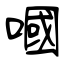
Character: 嘓